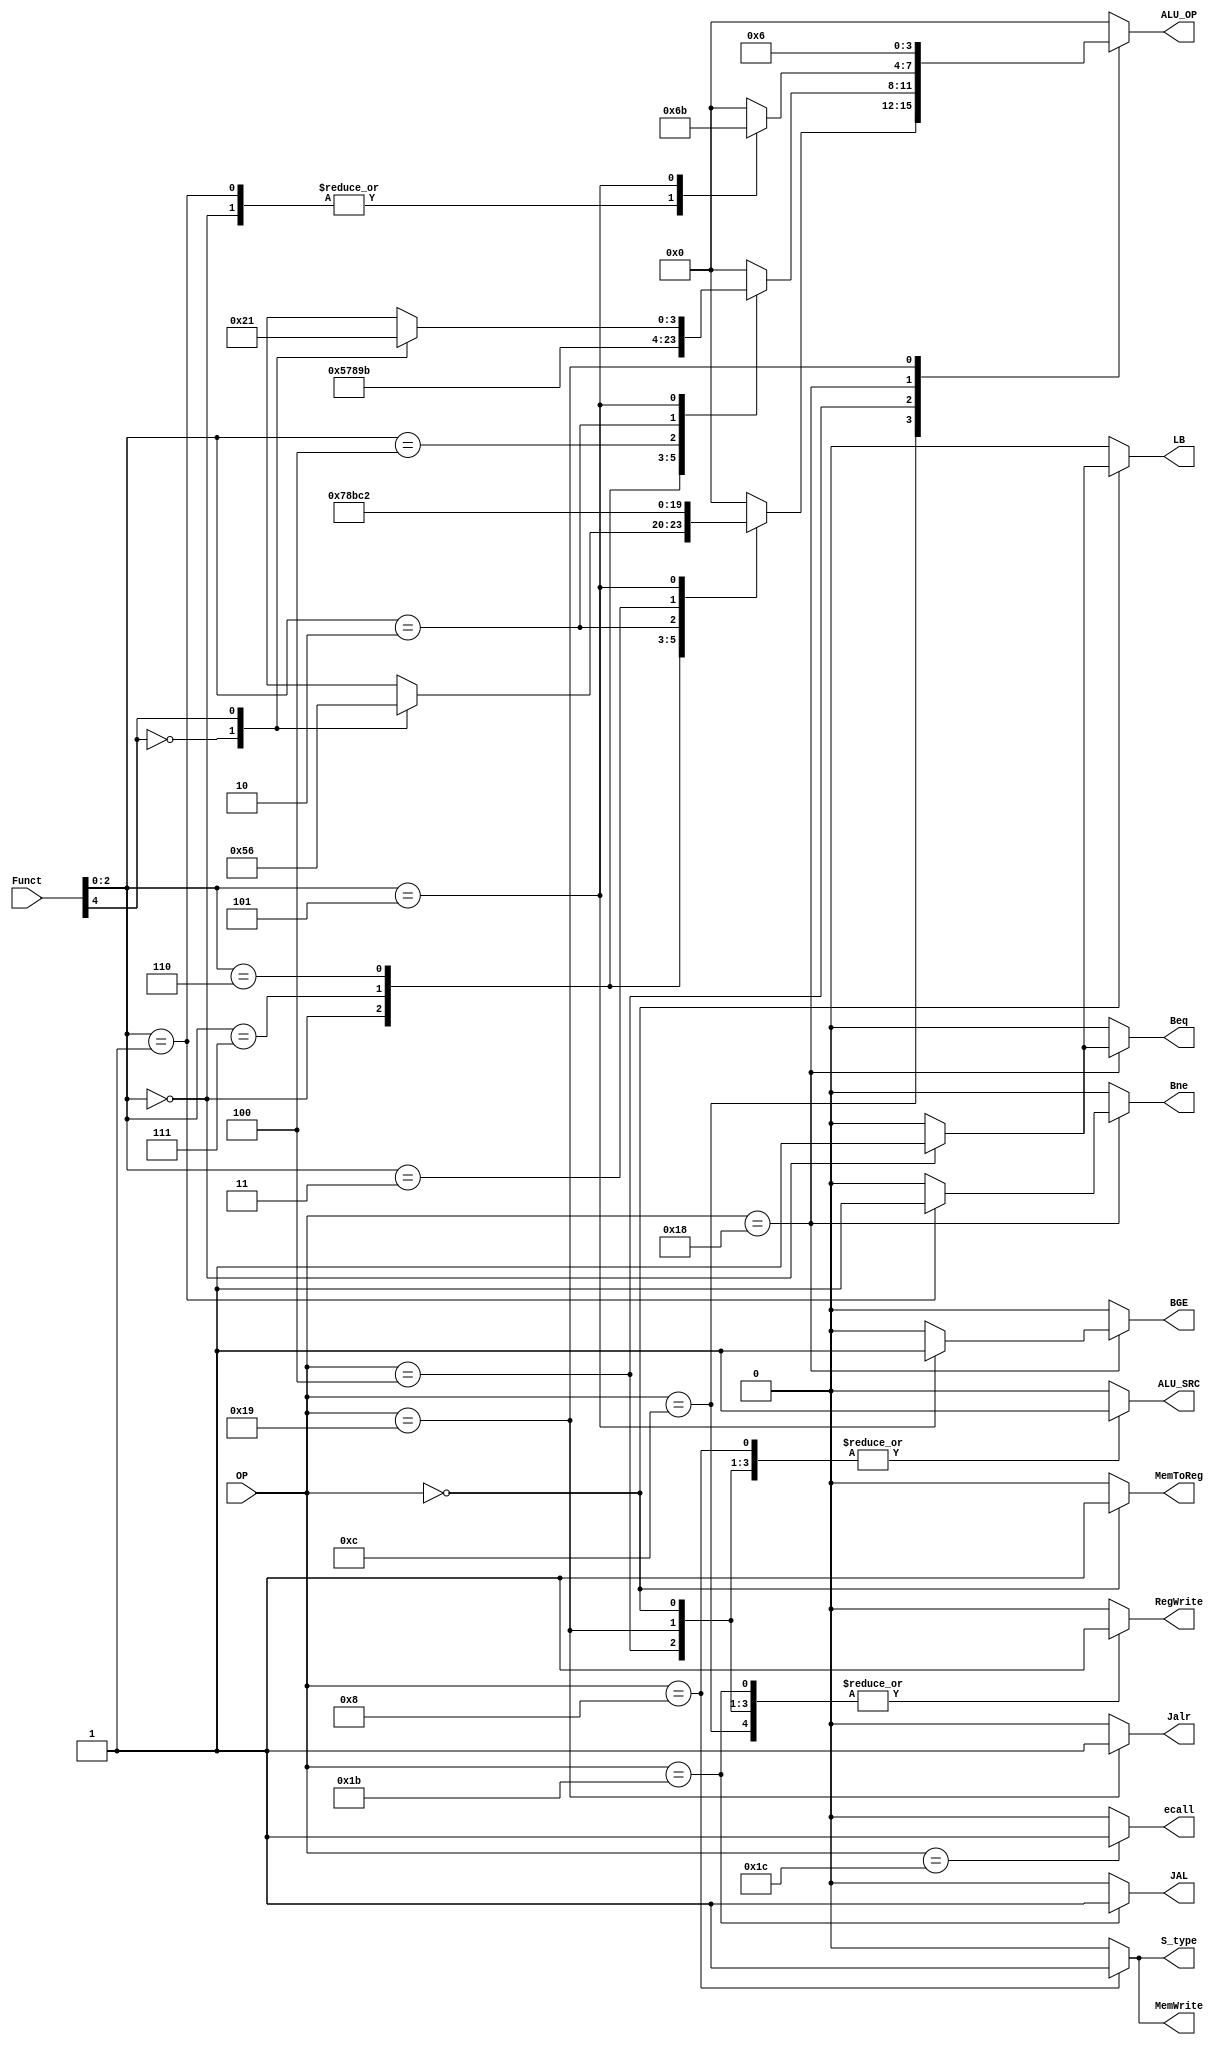
`timescale 1ns/1ps

module hardwire( Funct,
                 OP,
                 ALU_OP,
                 ALU_SRC,
                 BGE,
                 Beq,
                 Bne,
                 JAL,
                 Jalr,
                 LB,
                 MemToReg,
                 MemWrite,
                 RegWrite,
                 S_type,
                 ecall);

    input[4:0]  Funct;
    input[4:0]  OP;

    output reg [3:0] ALU_OP;
    output reg ALU_SRC,BGE,Beq,Bne,JAL,Jalr,LB,MemToReg,MemWrite,RegWrite,S_type,ecall;
    
    always@(*) begin
        {ALU_SRC,BGE,Beq,Bne,JAL,Jalr,LB,MemToReg,MemWrite,RegWrite,S_type,ecall} = 12'b0;
        ALU_OP <= 4'd0;
        case(OP[4:0])
            5'hc:begin
                RegWrite<=1'b1;
                case(Funct[2:0])
                    3'd0:begin
                        case(Funct[4])
                            1'd0: ALU_OP<=4'd5;
                            1'd1: ALU_OP<=4'd6; 
                        endcase
                    end
                    3'd7: ALU_OP<=4'd7;
                    3'd6: ALU_OP<=4'd8;
                    3'd2: ALU_OP<=4'd11;
                    3'd3: ALU_OP<=4'd12;
                    3'd1: ALU_OP<=4'd0;
                    3'd5: ALU_OP<=4'd2;
                endcase
            end
            5'h4:begin
                RegWrite<=1'b1;
                ALU_SRC<=1'b1;
                case(Funct[2:0])
                    3'd0: ALU_OP<=4'd5;
                    3'd7: ALU_OP<=4'd7;
                    3'd6: ALU_OP<=4'd8;
                    3'd4: ALU_OP<=4'd9;
                    3'd2: ALU_OP<=4'd11;
                    3'd1: ALU_OP<=4'd0;
                    3'd5: begin
                        case(Funct[4])
                            1'd0: ALU_OP<=4'd2;
                            1'd1: ALU_OP<=4'd1; 
                        endcase
                    end
                endcase
            end
            5'h0:begin
                RegWrite<=1'b1;
                ALU_SRC<=1'b1;
                MemToReg<=1'b1;
                case(Funct[2:0])
                    3'd0:LB<=1'b1;
                endcase
            end
            5'h8:begin
                ALU_SRC<=1'b1;
                MemWrite<=1'b1;
                S_type<=1'b1;
            end
            5'h1c: ecall<=1'b1;
            5'h18: begin
                case(Funct[2:0])        
                    3'd0:begin
                        Beq<=1'b1;
                        ALU_OP<=4'd6;
                        {BGE,Bne} = 2'b0;
                    end
                    3'd1:begin
                        Bne<=1'b1;
                        ALU_OP<=4'd6;
                        {BGE,Beq} = 2'b0;
                    end
                    3'd5:begin
                        BGE<=1'b1;
                        ALU_OP<=4'd11;
                        {Beq,Bne} = 2'b0;
                    end
                endcase
            end
            5'h1b:begin
                RegWrite<=1'b1;
                JAL<=1'b1;
            end
            5'h19:begin
                ALU_OP<=4'd6;
                RegWrite<=1'b1;
                ALU_SRC<=1'b1;
                Jalr<=1'b1;
            end   
        endcase
    end
    
endmodule